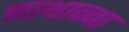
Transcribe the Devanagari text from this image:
नाथान्चा